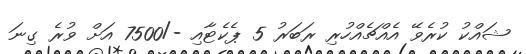
ޝައްކު ކުރެވޭ އެއްޗެއްހުރި ރަބަރު 5 ޕެކެޓާއި -/7500 އަށް ވުރެ ގިނަ